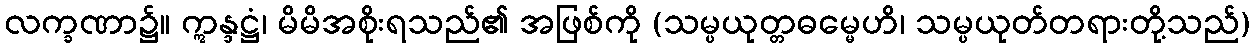
လက္ခဏာ၌။ ဣန္ဒဋ္ဌံ၊ မိမိအစိုးရသည်၏ အဖြစ်ကို (သမ္ပယုတ္တဓမ္မေဟိ၊ သမ္ပယုတ်တရားတို့သည်)